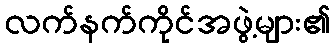
လက်နက်ကိုင်အဖွဲ့များ၏